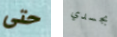
حتى بجسدي